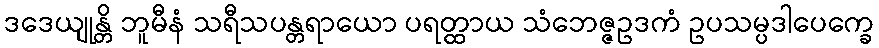
ဒဒေယျုန္တိ ဘူမီနံ သရီသပန္တရာယော ပရတ္ထာယ သံဘေဇ္ဇဥဒကံ ဥပသမ္ပဒါပေက္ခေ